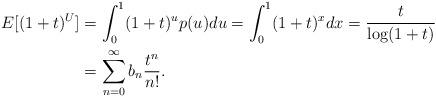
LaTeX: \begin{align*}E[(1+t)^U] &= \int_0^1 (1+t)^u p(u) du = \int_0^1 (1+t)^x dx = \frac{t}{\log(1+t)}\\&=\sum_{n=0}^\infty b_n \frac{t^n}{n!}.\end{align*}